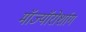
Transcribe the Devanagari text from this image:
मॉज्यॉरोर्शाग